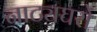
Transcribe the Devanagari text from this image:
नाट्यघरों